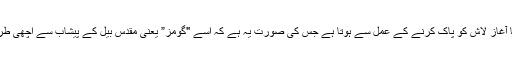
آخری رسومات کا آغاز لاش کو پاک کرنے کے عمل سے ہوتا ہے جس کی صورت یہ ہے کہ اسے "گومز” یعنی مقدس بیل کے پیشاب سے اچھی طرح دھویا جاتا ہے۔